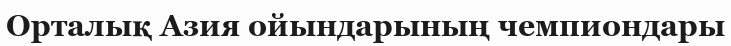
Орталық Азия ойындарының чемпиондары